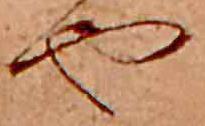
や